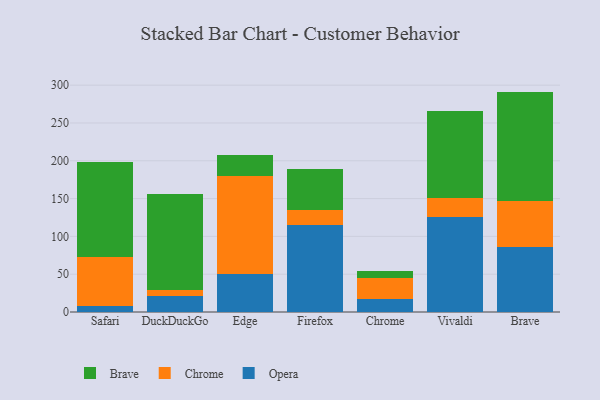
{"axis": {"x": "Browser", "y": "Customer Acquisition Cost (USD)"}, "legend": ["Brave", "Chrome", "Opera"], "data": [{"x": "Safari", "y": 8.2, "type": "Opera"}, {"x": "Safari", "y": 64.2, "type": "Chrome"}, {"x": "Safari", "y": 126.2, "type": "Brave"}, {"x": "DuckDuckGo", "y": 21.1, "type": "Opera"}, {"x": "DuckDuckGo", "y": 7.8, "type": "Chrome"}, {"x": "DuckDuckGo", "y": 127.3, "type": "Brave"}, {"x": "Edge", "y": 49.8, "type": "Opera"}, {"x": "Edge", "y": 130.6, "type": "Chrome"}, {"x": "Edge", "y": 26.8, "type": "Brave"}, {"x": "Firefox", "y": 114.5, "type": "Opera"}, {"x": "Firefox", "y": 20.0, "type": "Chrome"}, {"x": "Firefox", "y": 54.4, "type": "Brave"}, {"x": "Chrome", "y": 17.6, "type": "Opera"}, {"x": "Chrome", "y": 27.6, "type": "Chrome"}, {"x": "Chrome", "y": 9.6, "type": "Brave"}, {"x": "Vivaldi", "y": 125.3, "type": "Opera"}, {"x": "Vivaldi", "y": 26.1, "type": "Chrome"}, {"x": "Vivaldi", "y": 115.0, "type": "Brave"}, {"x": "Brave", "y": 85.4, "type": "Opera"}, {"x": "Brave", "y": 60.9, "type": "Chrome"}, {"x": "Brave", "y": 145.2, "type": "Brave"}]}